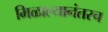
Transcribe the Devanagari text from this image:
मिळाल्यानंतरच